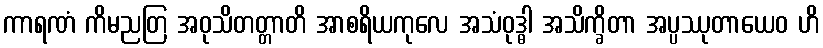
ကာရဏံ ကိမညတြ အဝုသိတတ္တာတိ အာစရိယကုလေ အသံဝုဒ္ဓါ အသိက္ခိတာ အပ္ပဿုတာယေဝ ဟိ